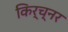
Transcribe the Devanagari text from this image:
किर्च्नर